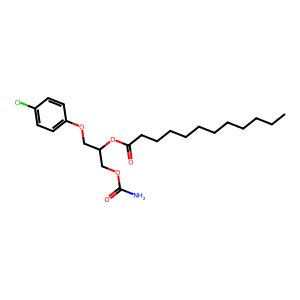
SMILES: CCCCCCCCCCCC(=O)OC(COC(N)=O)COc1ccc(Cl)cc1
Inhibits HIV replication: No